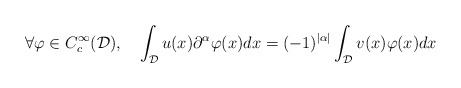
\begin{align*}\forall \varphi \in C_c^{\infty}(\mathcal{D}),\ \ \ \int_{\mathcal{D}}u(x)\partial^{\alpha}\varphi(x)dx = (-1)^{|\alpha|}\int_{\mathcal{D}}v(x)\varphi(x)dx\end{align*}